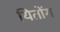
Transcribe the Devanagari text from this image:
यितोंग